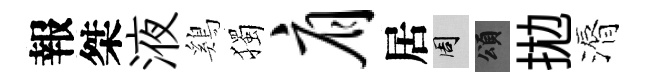
報桀液鷄獨肩居周頌拋漘